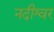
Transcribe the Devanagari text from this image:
नदीश्वर